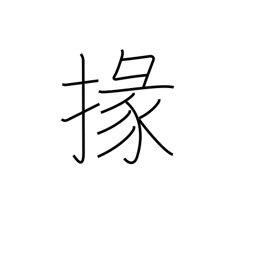
Meaning: subordinate official